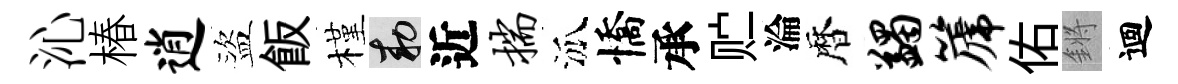
沁椿逍盜飯槿敕近揣泒憍承贮淪暦蠲篪佑鏘迴